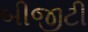
બીજીટી